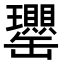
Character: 𦉦